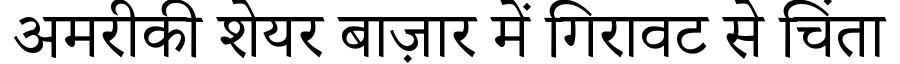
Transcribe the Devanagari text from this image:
अमरीकी शेयर बाज़ार में गिरावट से चिंता